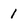
Character: 1